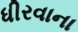
ધીરવાના